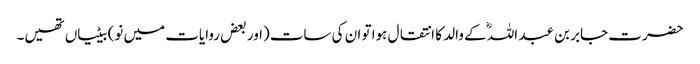
حضرت جابر بن عبد اللہؓ کے والد کا انتقال ہوا تو ان کی سات(اور بعض روایات میں نو) بیٹیاں تھیں۔